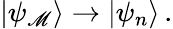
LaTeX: |\psi_{\mathscr{M}}\rangle\rightarrow|\psi_{n}\rangle\, .